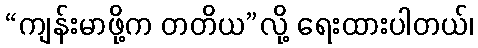
“ကျန်းမာဖို့က တတိယ”လို့ ရေးထားပါတယ်၊